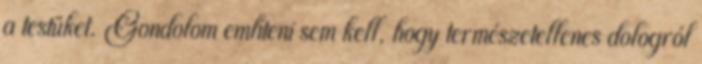
a testüket. Gondolom említeni sem kell, hogy természetellenes dologról